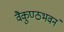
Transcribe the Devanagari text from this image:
वैकुण्ठभवनं